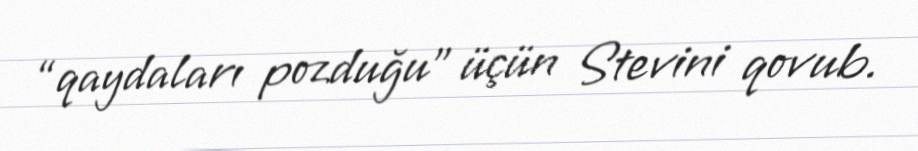
“qaydaları pozduğu” üçün Stevini qovub.